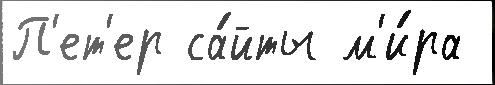
П'ет'ер са́йты м'и́ра